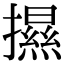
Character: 𢷑